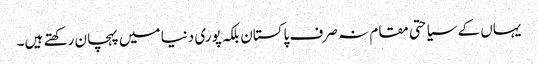
یہاں کے سیاحتی مقام نہ صرف پاکستان بلکہ پوری دنیا میں پہچان رکھتے ہیں۔